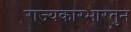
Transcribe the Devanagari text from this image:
राज्यकारभारतुन